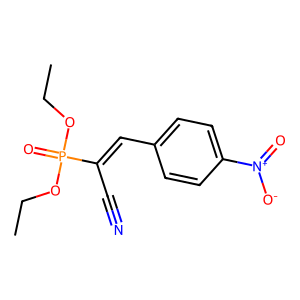
SMILES: CCOP(=O)(OCC)C(C#N)=Cc1ccc([N+](=O)[O-])cc1
Inhibits HIV replication: No